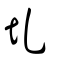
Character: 圠